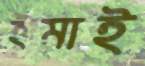
ইমাই